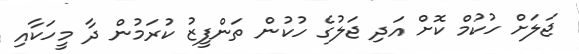
ޖަލަށް ހުކުމް ކޮށް އަދި ޖަލުގެ ހުކުން ތަންފީޒު ކުރަމުން ދާ މީހަކާއި